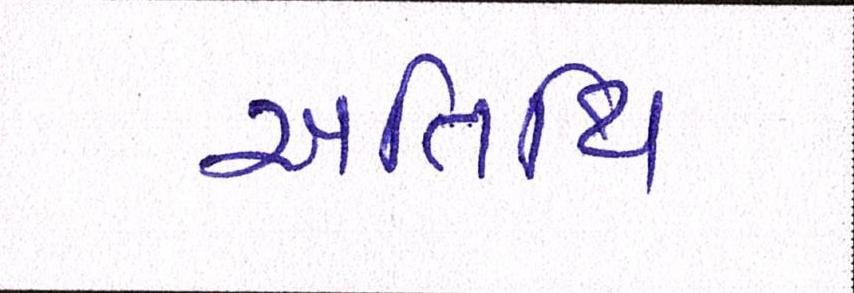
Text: અતિથિ